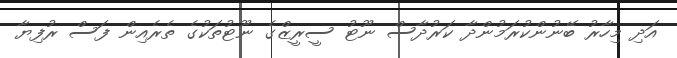
އަދި މިހާރު ބޭނުންކުރަމުންދާ ކަރުދާސް ނޫޓު ސީރީޒްގެ ނޫޓުތަކުގެ ތެރެއިން ފަސް ރުފިޔާ